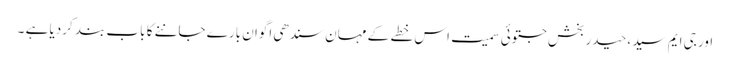
اور جی ایم سید ،حیدر بخش جتوئی سمیت اس خطے کے مہان سندھی اگوان بارے جاننے کا باب بند کردیا ہے ۔